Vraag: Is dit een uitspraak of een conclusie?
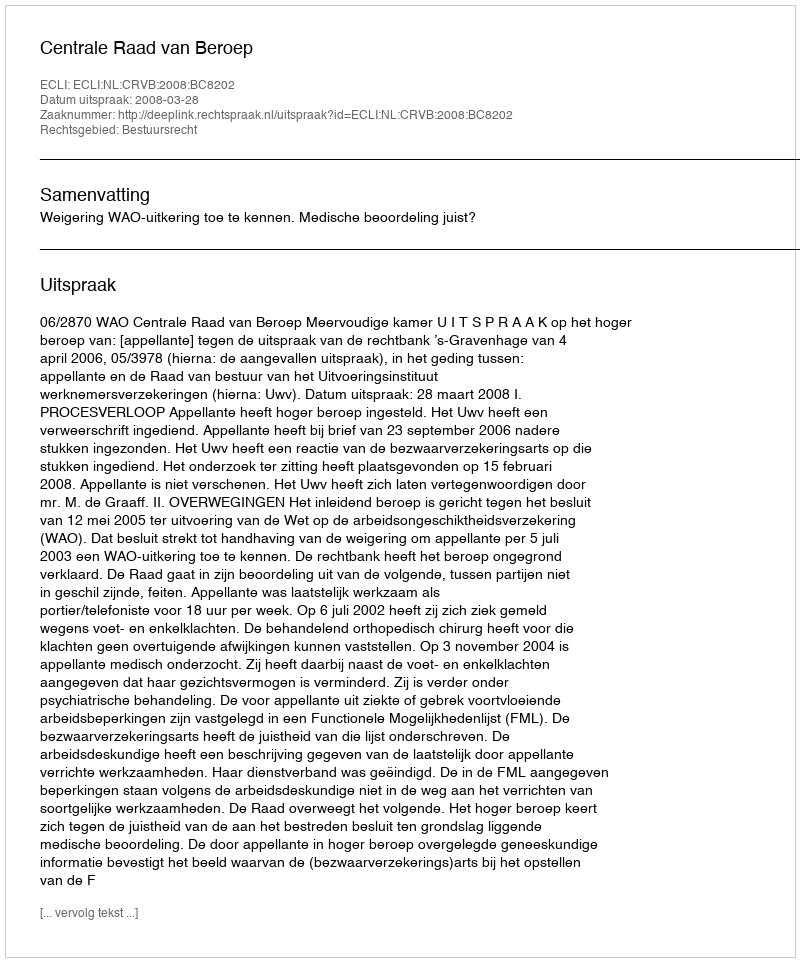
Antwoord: Uitspraak